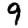
Digit: 9